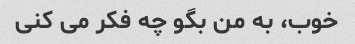
خوب، به من بگو چه فکر می کنی